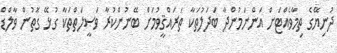
ދުނިޔޭގެ ތިމާވެއްޓަށް އަންނަމުންދާ ބަދަލުތަކާ ތަރައްޤީވުމަށް ބޭނުންކުރާ ވަޞީލަތްތަކާ ގުޅޭ ގޮތުން ވާލްޑް